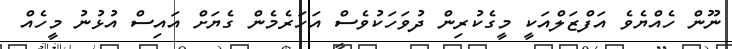
ނޫން ހެއްޔެވެ އަފްޒަލްއަކީ މީގެކުރިން ދުވަހަކުވެސް އަހަރެމެން ގެޔަށް އައިސް އުޅުނު މީހެއް